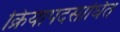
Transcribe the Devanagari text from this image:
क्रियापदसाधित